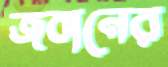
জবানের